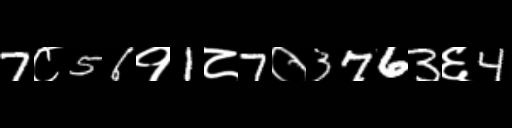
Text: 7८56१1८7०3763६4